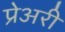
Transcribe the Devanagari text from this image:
प्रेअरी